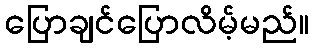
ပြောချင်ပြောလိမ့်မည်။